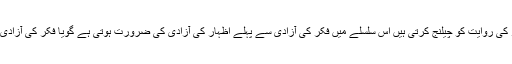
بعض باتیں ایسی بھی ہوتی ہیں جو افکار کی روایت کو چیلنج کرتی ہیں اِس سلسلے میں فکر کی آزادی سے پہلے اظہار کی آزادی کی ضرورت ہوتی ہے گویا فکر کی آزادی اظہار کی آزادی کے ساتھ مشروط ہے۔